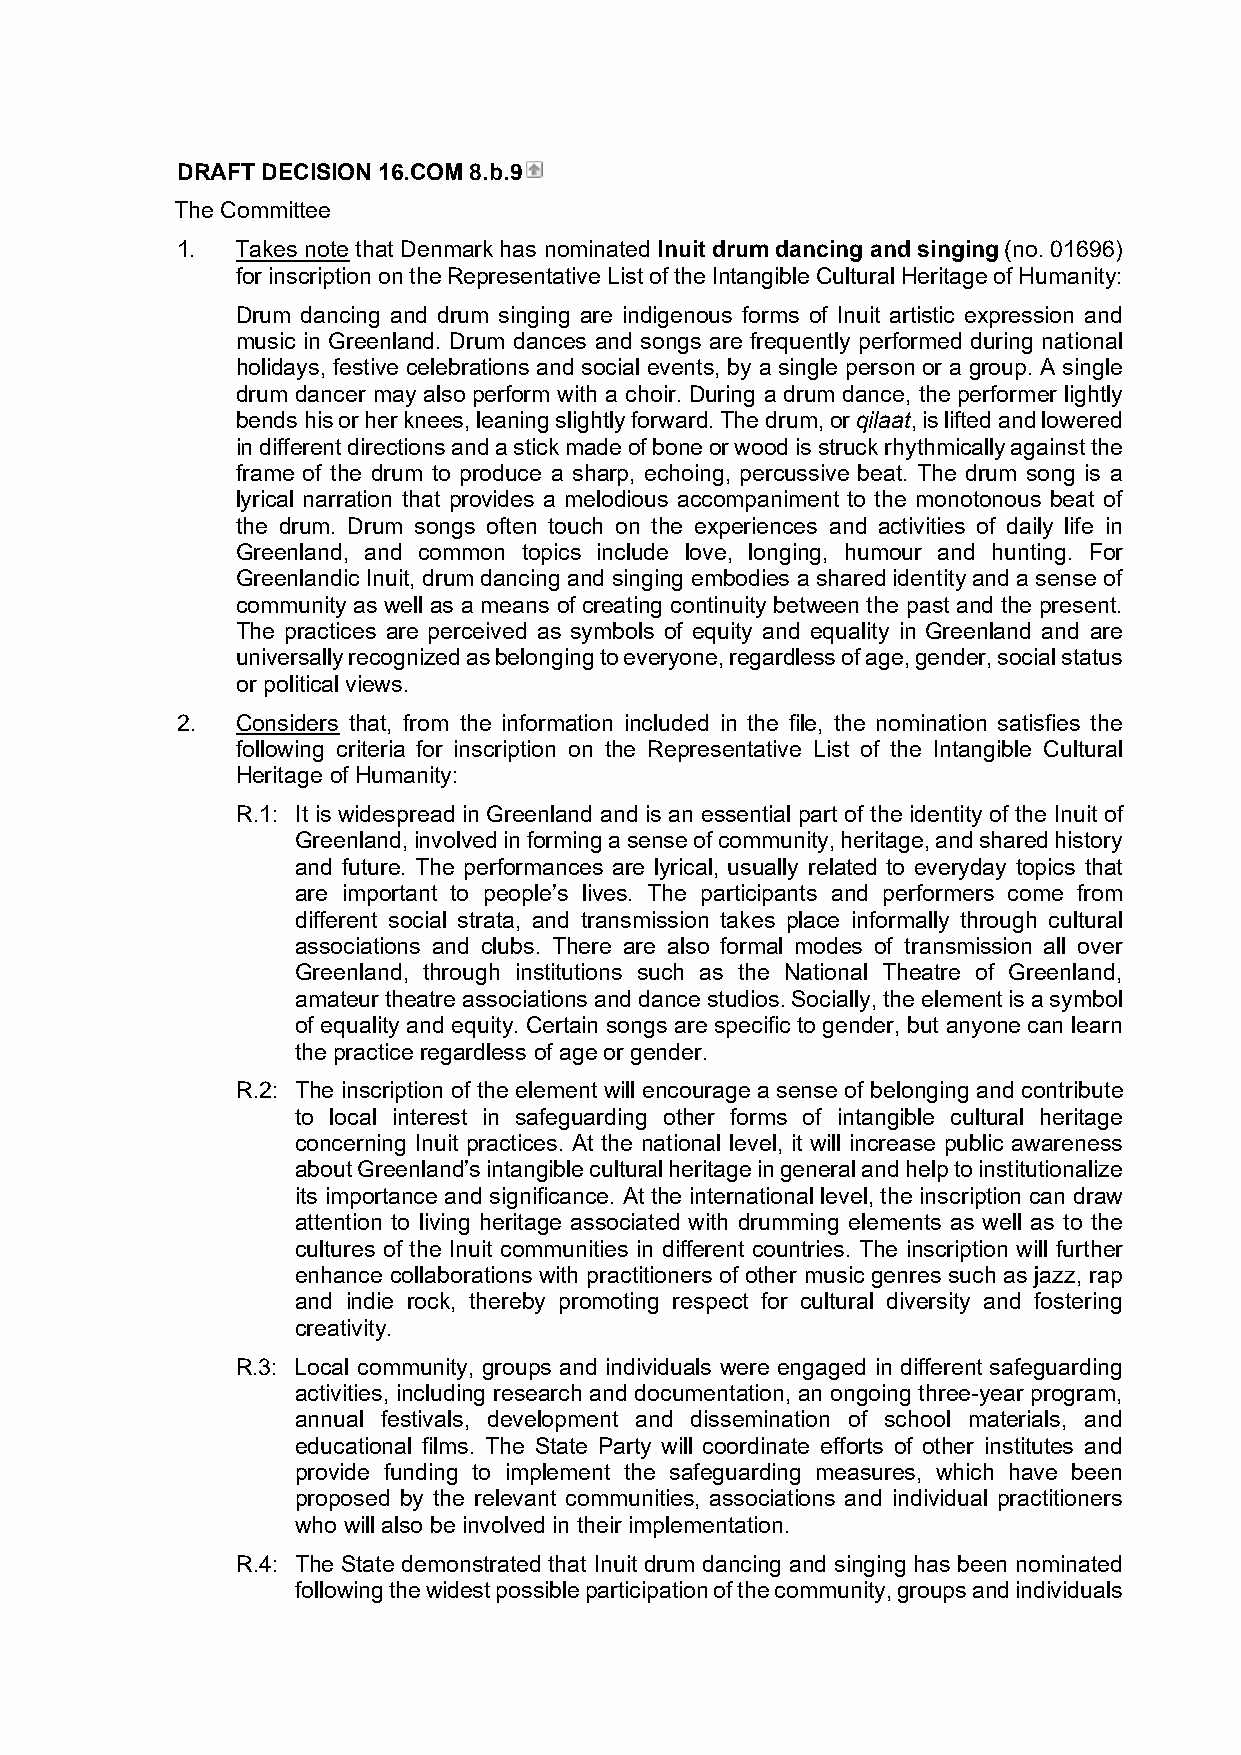
DRAFT DECISION 16.COM 8.b.9
 The Committee
 1.  Takes note that Denmark has nominated Inuit drum dancing and singing (no. 01696)
 for inscription on the Representative List of the Intangible Cultural Heritage of Humanity:
 Drum dancing and drum singing are indigenous forms of Inuit artistic expression and
 music in Greenland. Drum dances and songs are frequently performed during national
 holidays, festive celebrations and social events, by a single person or a group. A single
 drum dancer may also perform with a choir. During a drum dance, the performer lightly
 bends his or her knees, leaning slightly forward. The drum, or qilaat, is lifted and lowered
 in different directions and a stick made of bone or wood is struck rhythmically against the
 frame of the drum to produce a sharp, echoing, percussive beat. The drum song is a
 lyrical narration that provides a melodious accompaniment to the monotonous beat of
 the drum. Drum songs often touch on the experiences and activities of daily life in
 Greenland, and common topics include love, longing, humour and hunting. For
 Greenlandic Inuit, drum dancing and singing embodies a shared identity and a sense of
 community as well as a means of creating continuity between the past and the present.
 The practices are perceived as symbols of equity and equality in Greenland and are
 universally recognized as belonging to everyone, regardless of age, gender, social status
 or political views.
 2.  Considers that, from the information included in the file, the nomination satisfies the
 following criteria for inscription on the Representative List of the Intangible Cultural
 Heritage of Humanity:
 R.1: It is widespread in Greenland and is an essential part of the identity of the Inuit of
 Greenland, involved in forming a sense of community, heritage, and shared history
 and future. The performances are lyrical, usually related to everyday topics that
 are important to people’s lives. The participants and performers come from
 different social strata, and transmission takes place informally through cultural
 associations and clubs. There are also formal modes of transmission all over
 Greenland, through institutions such as the National Theatre of Greenland,
 amateur theatre associations and dance studios. Socially, the element is a symbol
 of equality and equity. Certain songs are specific to gender, but anyone can learn
 the practice regardless of age or gender.
 R.2: The inscription of the element will encourage a sense of belonging and contribute
 to local interest in safeguarding other forms of intangible cultural heritage
 concerning Inuit practices. At the national level, it will increase public awareness
 about Greenland’s intangible cultural heritage in general and help to institutionalize
 its importance and significance. At the international level, the inscription can draw
 attention to living heritage associated with drumming elements as well as to the
 cultures of the Inuit communities in different countries. The inscription will further
 enhance collaborations with practitioners of other music genres such as jazz, rap
 and indie rock, thereby promoting respect for cultural diversity and fostering
 creativity.
 R.3: Local community, groups and individuals were engaged in different safeguarding
 activities, including research and documentation, an ongoing three-year program,
 annual festivals, development and dissemination of school materials, and
 educational films. The State Party will coordinate efforts of other institutes and
 provide funding to implement the safeguarding measures, which have been
 proposed by the relevant communities, associations and individual practitioners
 who will also be involved in their implementation.
 R.4: The State demonstrated that Inuit drum dancing and singing has been nominated
 following the widest possible participation of the community, groups and individuals